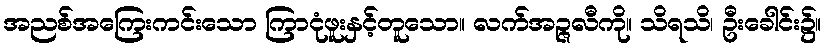
အညစ်အကြေးကင်းသော ကြာငုံဖူးနှင့်တူသော။ လက်အဉ္ဇလီကို။ သိရသိ၊ ဦးခေါင်း၌။